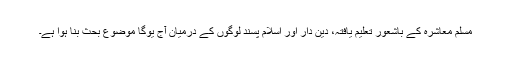
مسلم معاشرہ کے باشعور تعلیم یافتہ، دین دار اور اسلام پسند لوگوں کے درمیان آج یوگا موضوع بحث بنا ہوا ہے۔